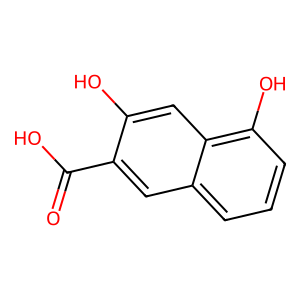
SMILES: O=C(O)c1cc2cccc(O)c2cc1O
Inhibits HIV replication: No